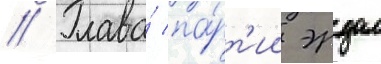
// Глава́ па́рт'ии эрдал